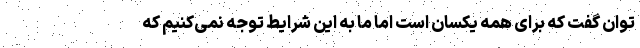
توان گفت که برای همه یکسان است اما ما به این شرایط توجه نمی‌کنیم که